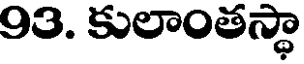
93. కులాంతస్థా